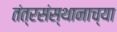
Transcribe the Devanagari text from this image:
तंत्रसंस्थानाच्या